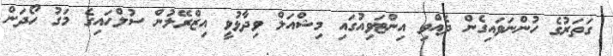
ގަތަރުގެ ހުންނަވައިގެން ދެއްވި އިންޓަވިއުގައި މިޝްއަލް ވިދާޅުވީ އިޒްރޭލުން ސުލްހައިގެ މަގު ހޯދަން